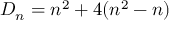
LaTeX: D _ { n } = n ^ { 2 } + 4 ( n ^ { 2 } - n )